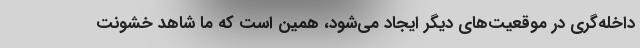
داخله‌گری در موقعیت‌های دیگر ایجاد می‌شود، همین است که ما شاهد خشونت